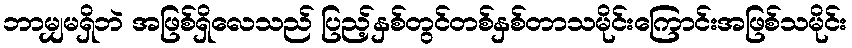
ဘာမျှမရှိဘဲ အဖြစ်ရှိလေသည် ပြည့်နှစ်တွင်တစ်နှစ်တာသမိုင်းကြောင်းအဖြစ်သမိုင်း